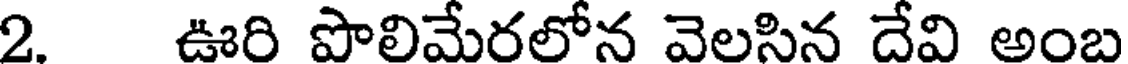
2. ఊరి పొలిమేరలోన వెలసిన దేవి అంబ